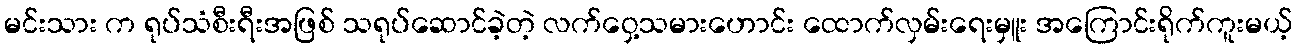
မင်းသား က ရုပ်သံစီးရီးအဖြစ် သရုပ်ဆောင်ခဲ့တဲ့ လက်ဝှေ့သမားဟောင်း ထောက်လှမ်းရေးမှူး အကြောင်းရိုက်ကူးမယ့်